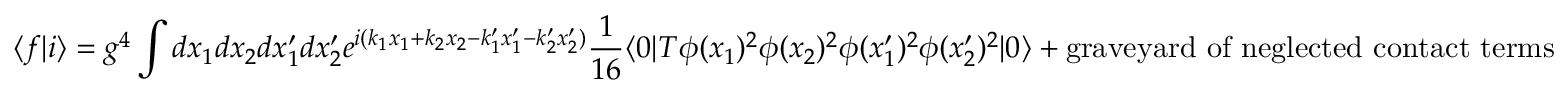
\langle f | i \rangle = g ^ { 4 } \int d x _ { 1 } d x _ { 2 } d x _ { 1 } ^ { \prime } d x _ { 2 } ^ { \prime } e ^ { i ( k _ { 1 } x _ { 1 } + k _ { 2 } x _ { 2 } - k _ { 1 } ^ { \prime } x _ { 1 } ^ { \prime } - k _ { 2 } ^ { \prime } x _ { 2 } ^ { \prime } ) } \frac { 1 } { 1 6 } \langle 0 | T \phi ( x _ { 1 } ) ^ { 2 } \phi ( x _ { 2 } ) ^ { 2 } \phi ( x _ { 1 } ^ { \prime } ) ^ { 2 } \phi ( x _ { 2 } ^ { \prime } ) ^ { 2 } | 0 \rangle + \mathrm { g r a v e y a r d ~ o f ~ n e g l e c t e d ~ c o n t a c t ~ t e r m s }